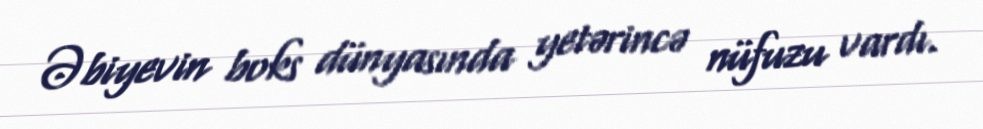
Əbiyevin boks dünyasında yetərincə nüfuzu vardı.